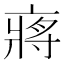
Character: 𠅵